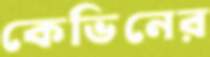
কেভিনের